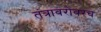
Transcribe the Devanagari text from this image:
तंत्राबरोबरच